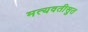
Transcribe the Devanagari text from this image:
मत्यवतीसुत